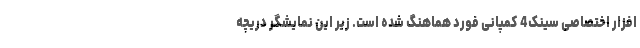
افزار اختصاصی سینک4 کمپانی فورد هماهنگ شده است. زیر این نمایشگر دریچه